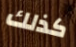
كذلك